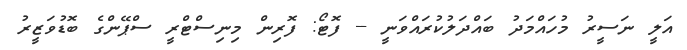
އަލީ ނަސީރު މުހައްމަދު ބައްދަލުކުރައްވަނީ -- ފޮޓޯ: ފޮރިން މިނިސްޓްރީ ސްޕޭންގެ ބޮޑުވަޒީރު